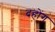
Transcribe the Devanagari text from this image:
दहोंग